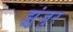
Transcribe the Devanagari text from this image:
झुंजुर